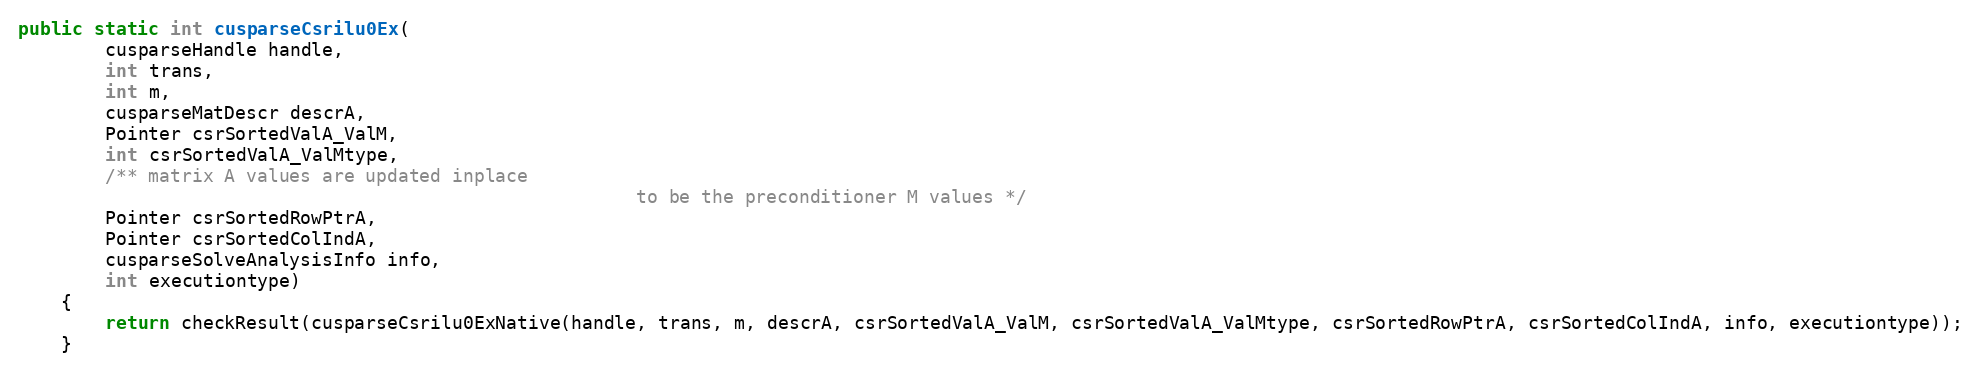
Language: Java
public static int cusparseCsrilu0Ex(
        cusparseHandle handle,
        int trans,
        int m,
        cusparseMatDescr descrA,
        Pointer csrSortedValA_ValM,
        int csrSortedValA_ValMtype,
        /** matrix A values are updated inplace
                                                         to be the preconditioner M values */
        Pointer csrSortedRowPtrA,
        Pointer csrSortedColIndA,
        cusparseSolveAnalysisInfo info,
        int executiontype)
    {
        return checkResult(cusparseCsrilu0ExNative(handle, trans, m, descrA, csrSortedValA_ValM, csrSortedValA_ValMtype, csrSortedRowPtrA, csrSortedColIndA, info, executiontype));
    }